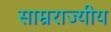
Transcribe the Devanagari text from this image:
साम्रराज्यीय